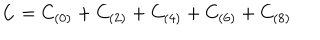
LaTeX: C = C _ { ( 0 ) } + C _ { ( 2 ) } + C _ { ( 4 ) } + C _ { ( 6 ) } + C _ { ( 8 ) }